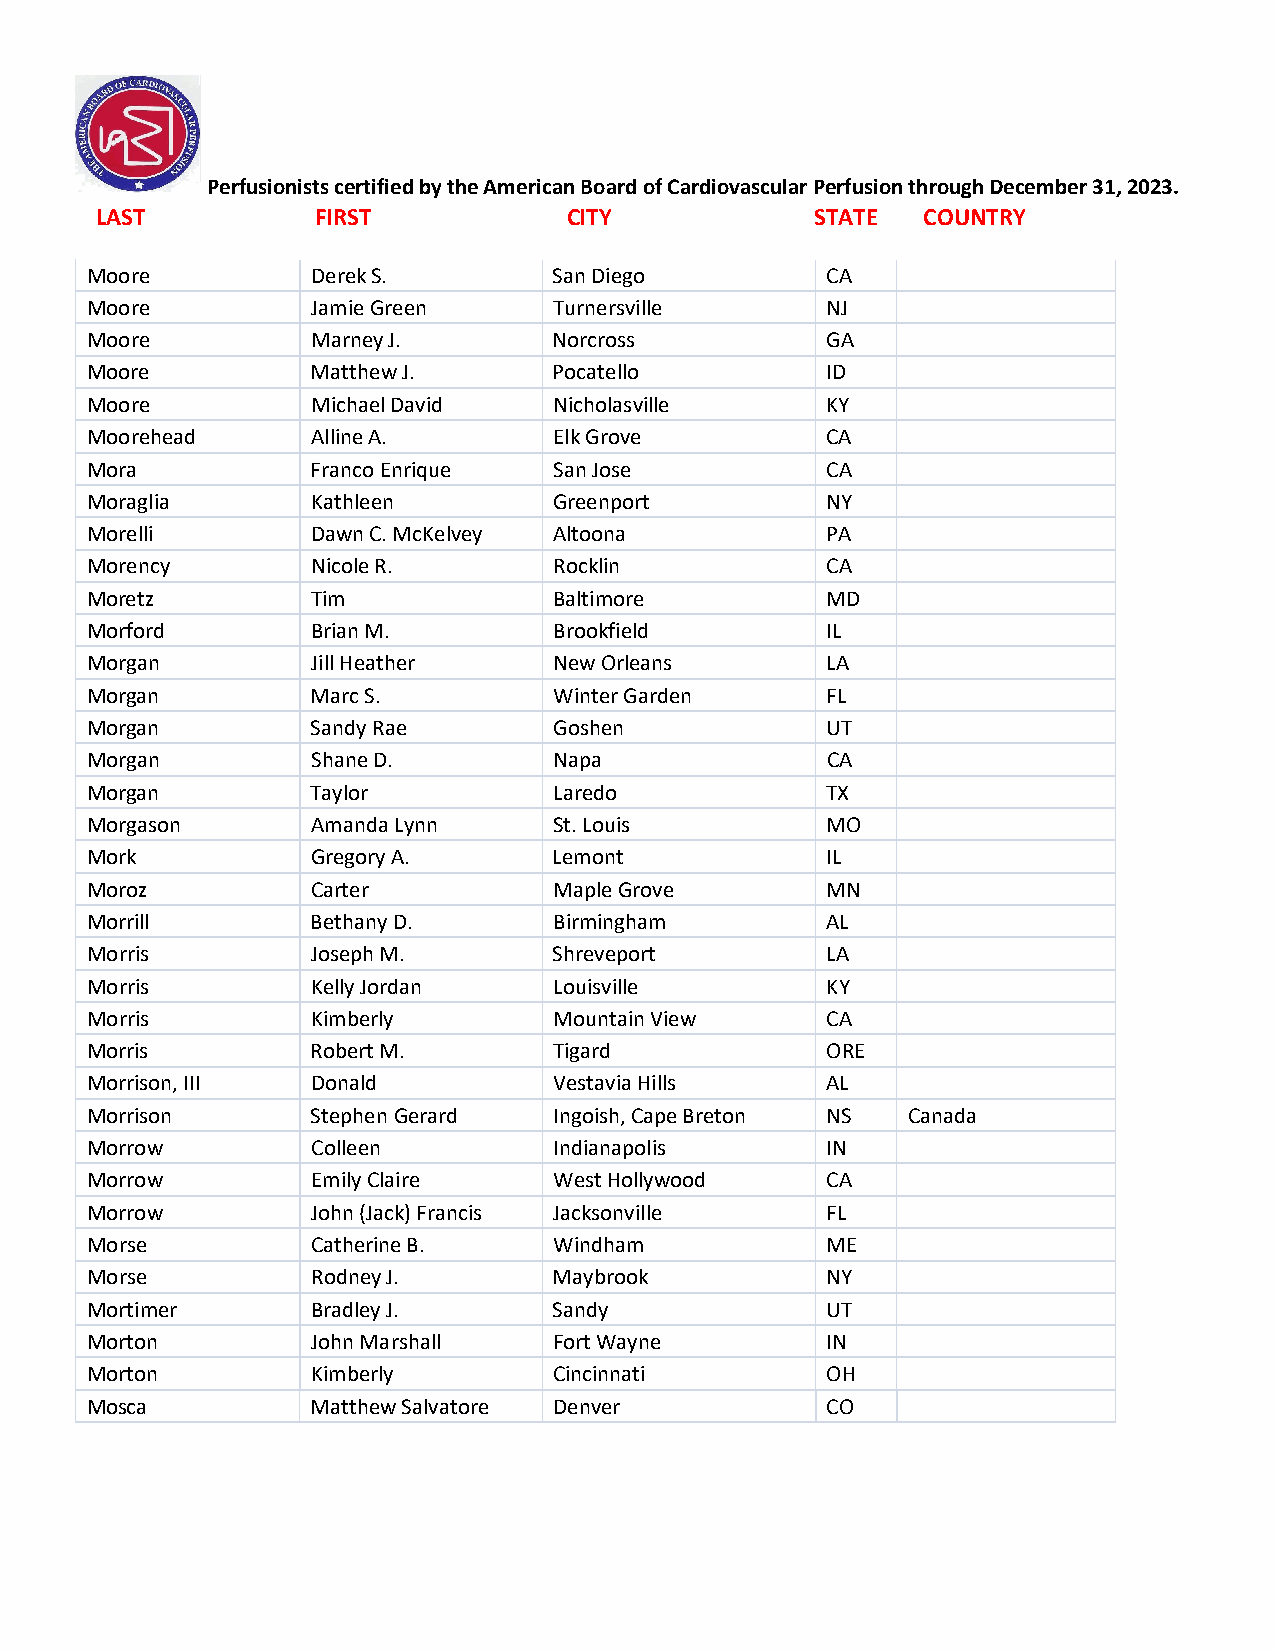
Perfusionists certified by the American Board of Cardiovascular Perfusion through December 31, 2023.
 LAST           FIRST            CITY            STATE  COUNTRY
 Moore          Derek S.        San Diego         CA
 Moore          Jamie Green     Turnersville      NJ
 Moore          Marney J.       Norcross          GA
 Moore          Matthew J.      Pocatello         ID
 Moore          Michael David   Nicholasville     KY
 Moorehead      Alline A.       Elk Grove         CA
 Mora           Franco Enrique  San Jose          CA
 Moraglia       Kathleen        Greenport         NY
 Morelli        Dawn C. McKelvey Altoona          PA
 Morency        Nicole R.       Rocklin           CA
 Moretz         Tim             Baltimore         MD
 Morford        Brian M.        Brookfield        IL
 Morgan         Jill Heather    New Orleans       LA
 Morgan         Marc S.         Winter Garden     FL
 Morgan         Sandy Rae       Goshen            UT
 Morgan         Shane D.        Napa              CA
 Morgan         Taylor          Laredo            TX
 Morgason       Amanda Lynn     St. Louis         MO
 Mork           Gregory A.      Lemont            IL
 Moroz          Carter          Maple Grove       MN
 Morrill        Bethany D.      Birmingham        AL
 Morris         Joseph M.       Shreveport        LA
 Morris         Kelly Jordan    Louisville        KY
 Morris         Kimberly        Mountain View     CA
 Morris         Robert M.       Tigard            ORE
 Morrison, III  Donald          Vestavia Hills    AL
 Morrison       Stephen Gerard  Ingoish, Cape Breton NS Canada
 Morrow         Colleen         Indianapolis      IN
 Morrow         Emily Claire    West Hollywood    CA
 Morrow         John (Jack) Francis Jacksonville  FL
 Morse          Catherine B.    Windham           ME
 Morse          Rodney J.       Maybrook          NY
 Mortimer       Bradley J.      Sandy             UT
 Morton         John Marshall   Fort Wayne        IN
 Morton         Kimberly        Cincinnati        OH
 Mosca          Matthew Salvatore Denver          CO